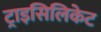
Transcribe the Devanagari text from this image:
ट्राइसिलिकेट